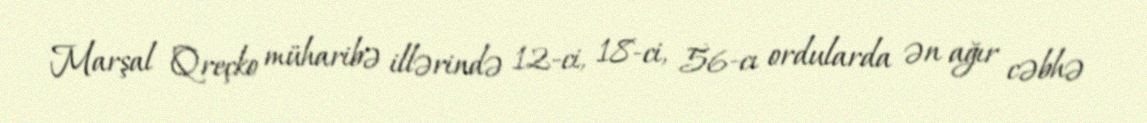
Marşal Qreçko müharibə illərində 12-ci, 18-ci, 56-cı ordularda ən ağır cəbhə